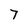
Character: 7